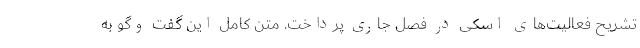
تشریح فعالیت‌های اسکی در فصل جاری پرداخت. متن کامل این گفت وگو به